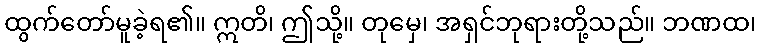
ထွက်တော်မူခဲ့ရ၏။ ဣတိ၊ ဤသို့။ တုမှေ၊ အရှင်ဘုရားတို့သည်။ ဘဏထ၊